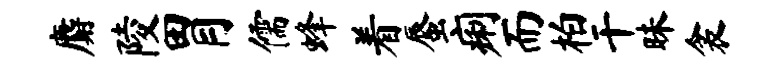
麝陵胃儒蜂着蜃痢而柏干昧衾